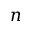
n